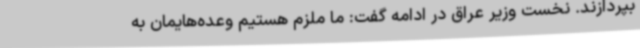
بپردازند. نخست وزیر عراق در ادامه گفت: ما ملزم هستیم وعده‌هایمان به